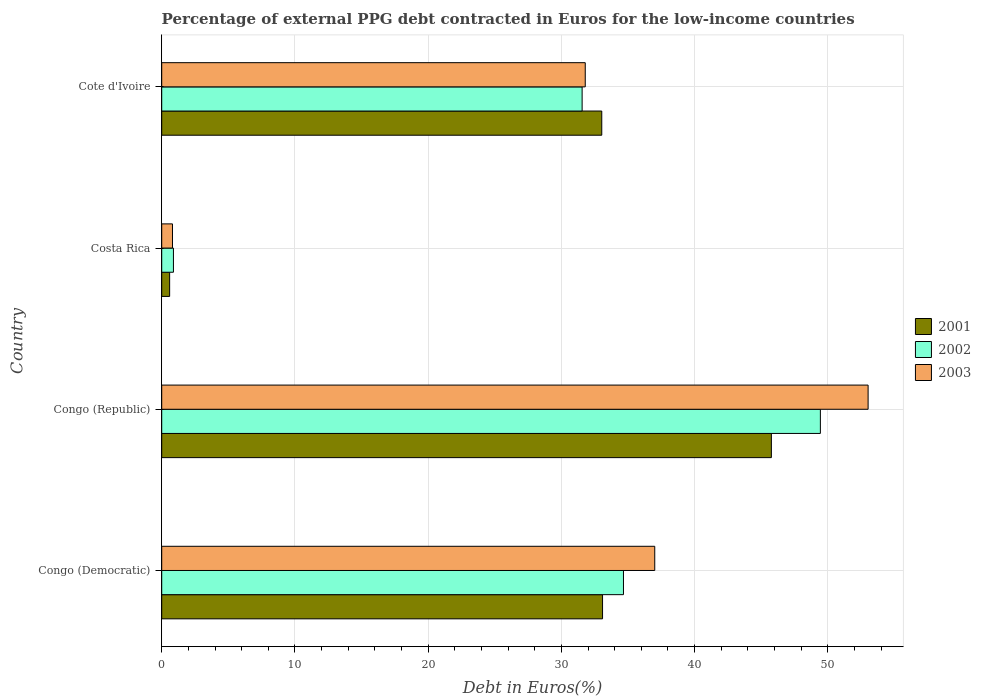
| Country | 2001 | 2002 | 2003 |
 | --- | --- | --- | --- |
 | Congo (Democratic) | 33.1 | 34.7 | 37 |
 | Congo (Republic) | 45.8 | 49.4 | 53 |
 | Costa Rica | 0.595 | 0.88 | 0.809 |
 | Cote d'Ivoire | 33 | 31.6 | 31.8 |